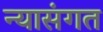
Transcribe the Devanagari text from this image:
न्यासंगत